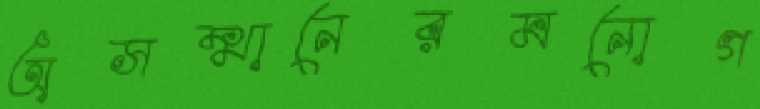
অসম্মানেরমনোগ